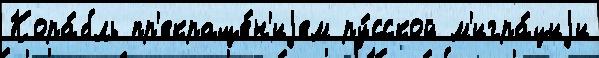
Кора́бль пр'екраще́н'иjем ру́сской м'игра́циjи